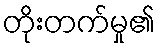
တိုးတက်မှု၏